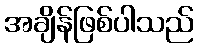
အချိန်ဖြစ်ပါသည်